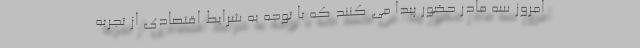
امروز سه مادر حضور پیدا می کنند که با توجه به شرایط اقتصادی از تجربه